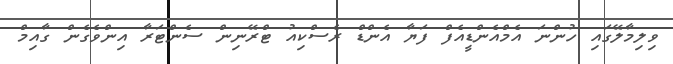
ވިލިމާލޭގައި ހުންނަ އެމްއެންޑީއެފް ފަޔާ އެންޑް ރެސްކިއު ޓްރޭނިން ސެންޓަރާ އިންވެގެން ގާއިމް